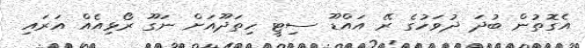
އެގޮތުން ބުދަ ދުވަހުގެ ރޭ އައްޑޫ ސިޓީ ހިތަދޫއަށް ނަގޫ ރޯޅިއެއް އަރައި